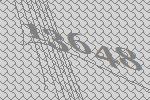
13648